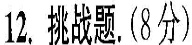
1λ。批旘题(8分。